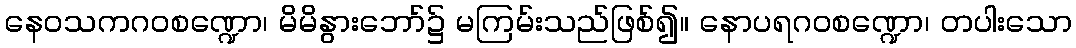
နေဝသကဂဝစဏ္ဍော၊ မိမိနွားဘော်၌ မကြမ်းသည်ဖြစ်၍။ နောပရဂဝစဏ္ဍော၊ တပါးသော